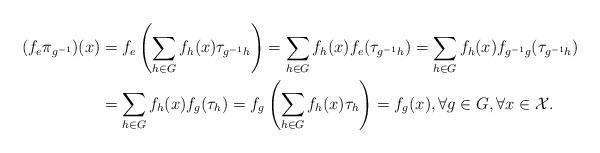
LaTeX: \begin{align*}(f_e\pi_{g^{-1}})(x)&=f_e\left(\sum_{h\in G}f_h(x)\tau_{g^{-1}h}\right)=\sum_{h\in G}f_h(x)f_e(\tau_{g^{-1}h})=\sum_{h\in G}f_h(x)f_{g^{-1}g}(\tau_{g^{-1}h})\\&=\sum_{h\in G}f_h(x)f_g(\tau_{h})=f_g\left(\sum_{h\in G}f_h(x)\tau_{h}\right)=f_g(x), \forall g \in G, \forall x \in \mathcal{X}.\end{align*}